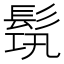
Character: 𩬰